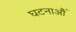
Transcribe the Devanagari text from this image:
घटनाऔं